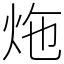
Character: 炧